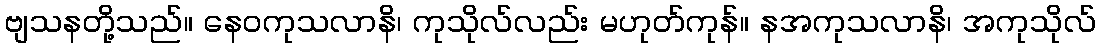
ဗျသနတို့သည်။ နေဝကုသလာနိ၊ ကုသိုလ်လည်း မဟုတ်ကုန်။ နအကုသလာနိ၊ အကုသိုလ်